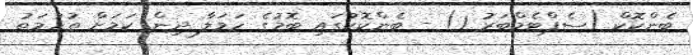
ބެންކޮކް (ސެޕްޓެމްބަރު 1) - ބެންކޮކުގައި ބޮމުގެ ހަމަލާ ދިން ކަމަށް ތުހުމަތު